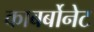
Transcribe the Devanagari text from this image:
काबर्बोनेट